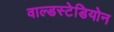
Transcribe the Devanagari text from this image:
वाल्डस्टेडियोन